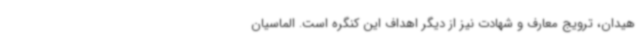
هیدان، ترویج معارف و شهادت نیز از دیگر اهداف این کنگره است. الماسیان